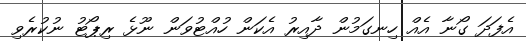
އެފަދަ ގޯނާ އެއް ހިނގަމުން ދާއިރު އެކަން ހުއްޓުވަން ނޫޅެ ރިޕޯޓު ނުކުރެވި